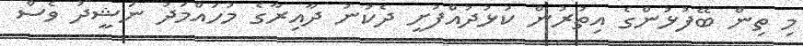
މި ތިން ބޭފުޅުންގެ އިތުރުން ކުޅުދުއްފުށީ ދެކުނު ދާއިރާގެ މުހައްމަދު ނަޝީދު ވެސް